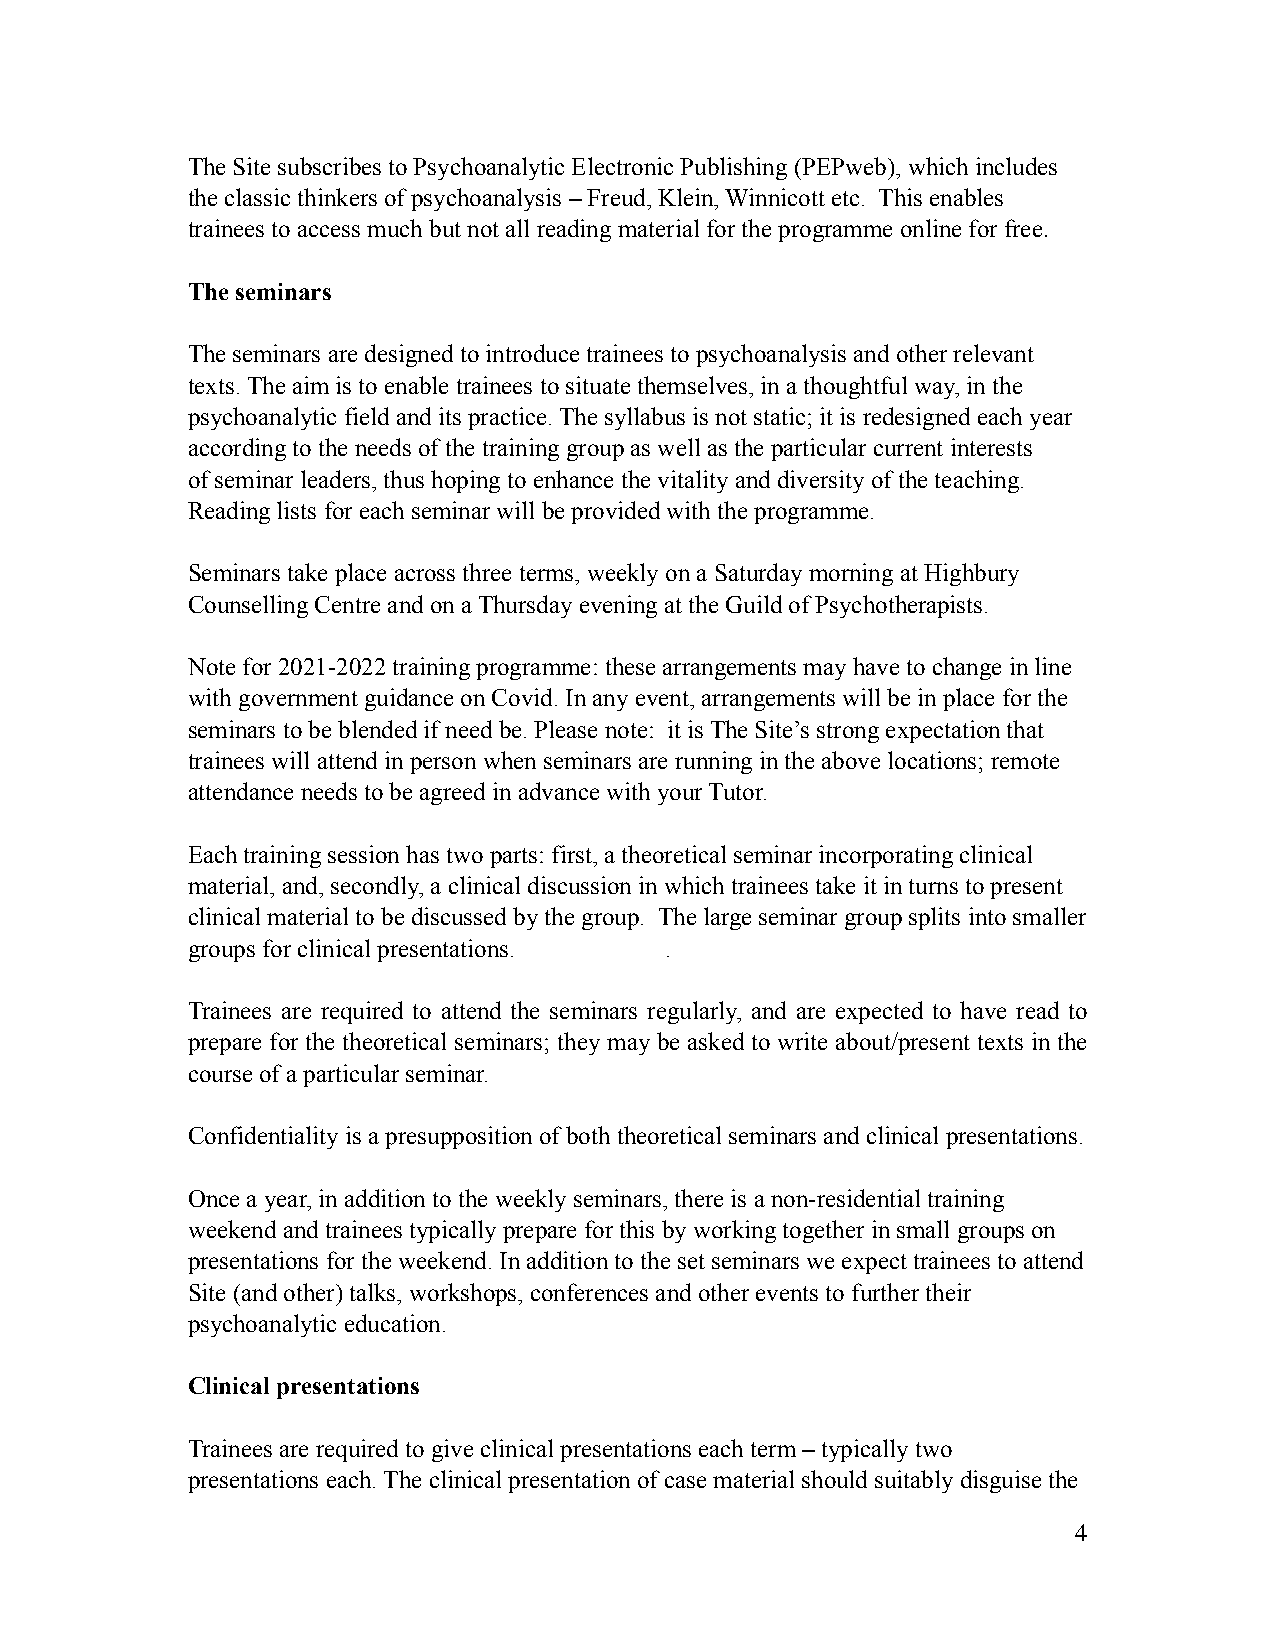
The Site subscribes to Psychoanalytic Electronic Publishing (PEPweb), which includes
 the classic thinkers of psychoanalysis – Freud, Klein, Winnicott etc. This enables
 trainees to access much but not all reading material for the programme online for free.
 The seminars
 The seminars are designed to introduce trainees to psychoanalysis and other relevant
 texts. The aim is to enable trainees to situate themselves, in a thoughtful way, in the
 psychoanalytic field and its practice. The syllabus is not static; it is redesigned each year
 according to the needs of the training group as well as the particular current interests
 of seminar leaders, thus hoping to enhance the vitality and diversity of the teaching.
 Reading lists for each seminar will be provided with the programme.
 Seminars take place across three terms, weekly on a Saturday morning at Highbury
 Counselling Centre and on a Thursday evening at the Guild of Psychotherapists.
 Note for 2021-2022 training programme: these arrangements may have to change in line
 with government guidance on Covid. In any event, arrangements will be in place for the
 seminars to be blended if need be. Please note: it is The Site’s strong expectation that
 trainees will attend in person when seminars are running in the above locations; remote
 attendance needs to be agreed in advance with your Tutor.
 Each training session has two parts: first, a theoretical seminar incorporating clinical
 material, and, secondly, a clinical discussion in which trainees take it in turns to present
 clinical material to be discussed by the group. The large seminar group splits into smaller
 groups for clinical presentations. .
 Trainees are required to attend the seminars regularly, and are expected to have read to
 prepare for the theoretical seminars; they may be asked to write about/present texts in the
 course of a particular seminar.
 Confidentiality is a presupposition of both theoretical seminars and clinical presentations.
 Once a year, in addition to the weekly seminars, there is a non-residential training
 weekend and trainees typically prepare for this by working together in small groups on
 presentations for the weekend. In addition to the set seminars we expect trainees to attend
 Site (and other) talks, workshops, conferences and other events to further their
 psychoanalytic education.
 Clinical presentations
 Trainees are required to give clinical presentations each term – typically two
 presentations each. The clinical presentation of case material should suitably disguise the
 4